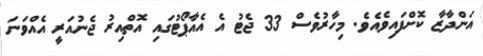
އަންދާޒާ ކޮށްފައިވެއެވެ. މިހާރުވެސް 33 ޖެޓު އެ އެއާޕޯޓުގައި އޮތްއިރު ޖެނުއަރީ އެއްވަނަ